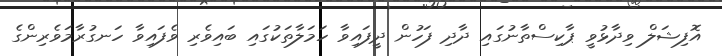
އޮފިޝަލް ވިދާޅުވީ ޕާކިސްތާނުގައި ދާދި ފަހުން ދީފައިވާ ހަމަލާތަކުގައި ބައިވެރި ވެފައިވާ ހަނގުރާމަވެރިންގެ